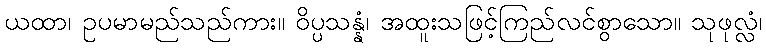
ယထာ၊ ဥပမာမည်သည်ကား။ ဝိပ္ပသန္နံ၊ အထူးသဖြင့်ကြည်လင်စွာသော။ သုဖုလ္လံ၊